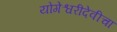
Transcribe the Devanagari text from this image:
योगेश्वरीदेवीचा